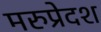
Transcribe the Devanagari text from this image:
मरुप्रेदश